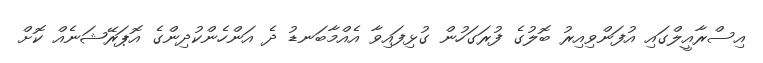
އިސްރާއީލްގައި އުފަންވިއިރު ބޮލުގެ ފުރަގަހުން ގުޅިފައިވާ އެއްމާބަނޑު ދެ އަންހެންކުދިންގެ އޮޕަރޭޝަނެެއް ކޮށް